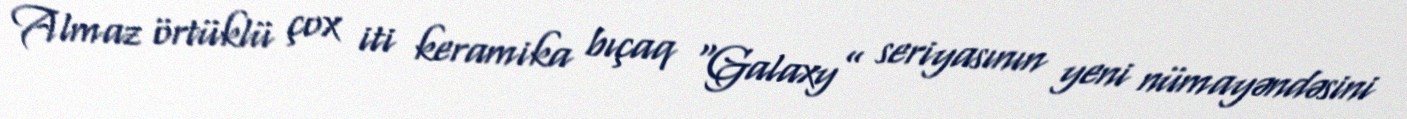
Almaz örtüklü çox iti keramika bıçaq “Galaxy” seriyasının yeni nümayəndəsini